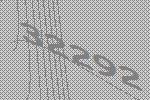
32292